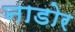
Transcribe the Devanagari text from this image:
नाडोर